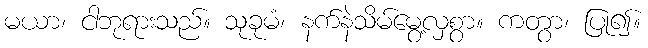
မယာ၊ ငါဘုရားသည်။ သုခုမံ၊ နက်နဲသိမ်မွေ့လှစွာ။ ကတွာ၊ ပြု၍။